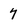
Character: 7